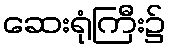
ဆေးရုံကြီး၌